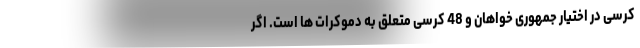
کرسی در اختیار جمهوری خواهان و 48 کرسی متعلق به دموکرات ها است. اگر